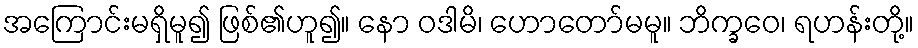
အကြောင်းမရှိမူ၍ ဖြစ်၏ဟူ၍။ နော ဝဒါမိ၊ ဟောတော်မမူ။ ဘိက္ခဝေ၊ ရဟန်းတို့။